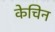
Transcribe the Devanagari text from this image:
केचिन